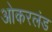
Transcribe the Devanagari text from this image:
ओकरलंड